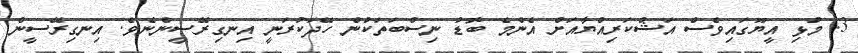
3. މުޅި އީޔޫގައިވެސް އަޝްކަރިއްޔާއަށް އެންމެ ބޮޑު ނިސްބަތަކުން ހޭދަކުރަނީ އިނގިރޭސީންނެވެ. އިނގިރޭސީން